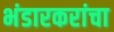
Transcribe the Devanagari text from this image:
भंडारकरांचा